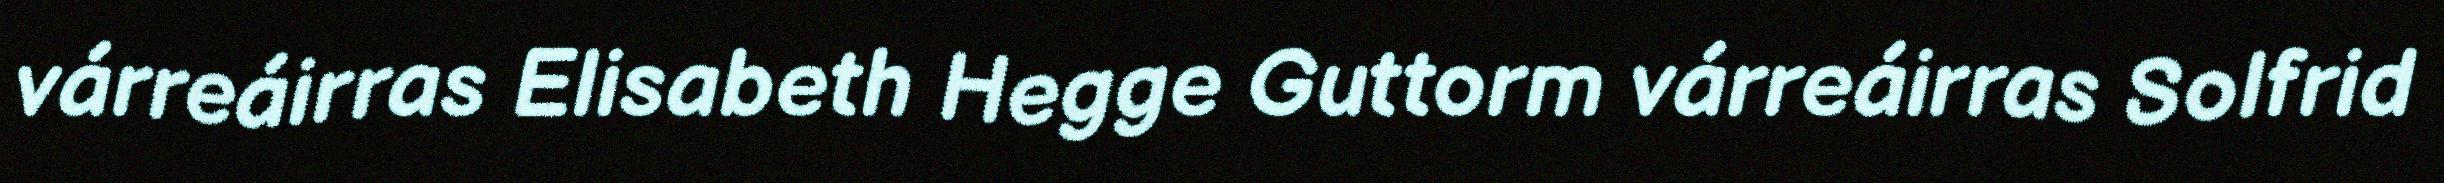
várreáirras Elisabeth Hegge Guttorm várreáirras Solfrid